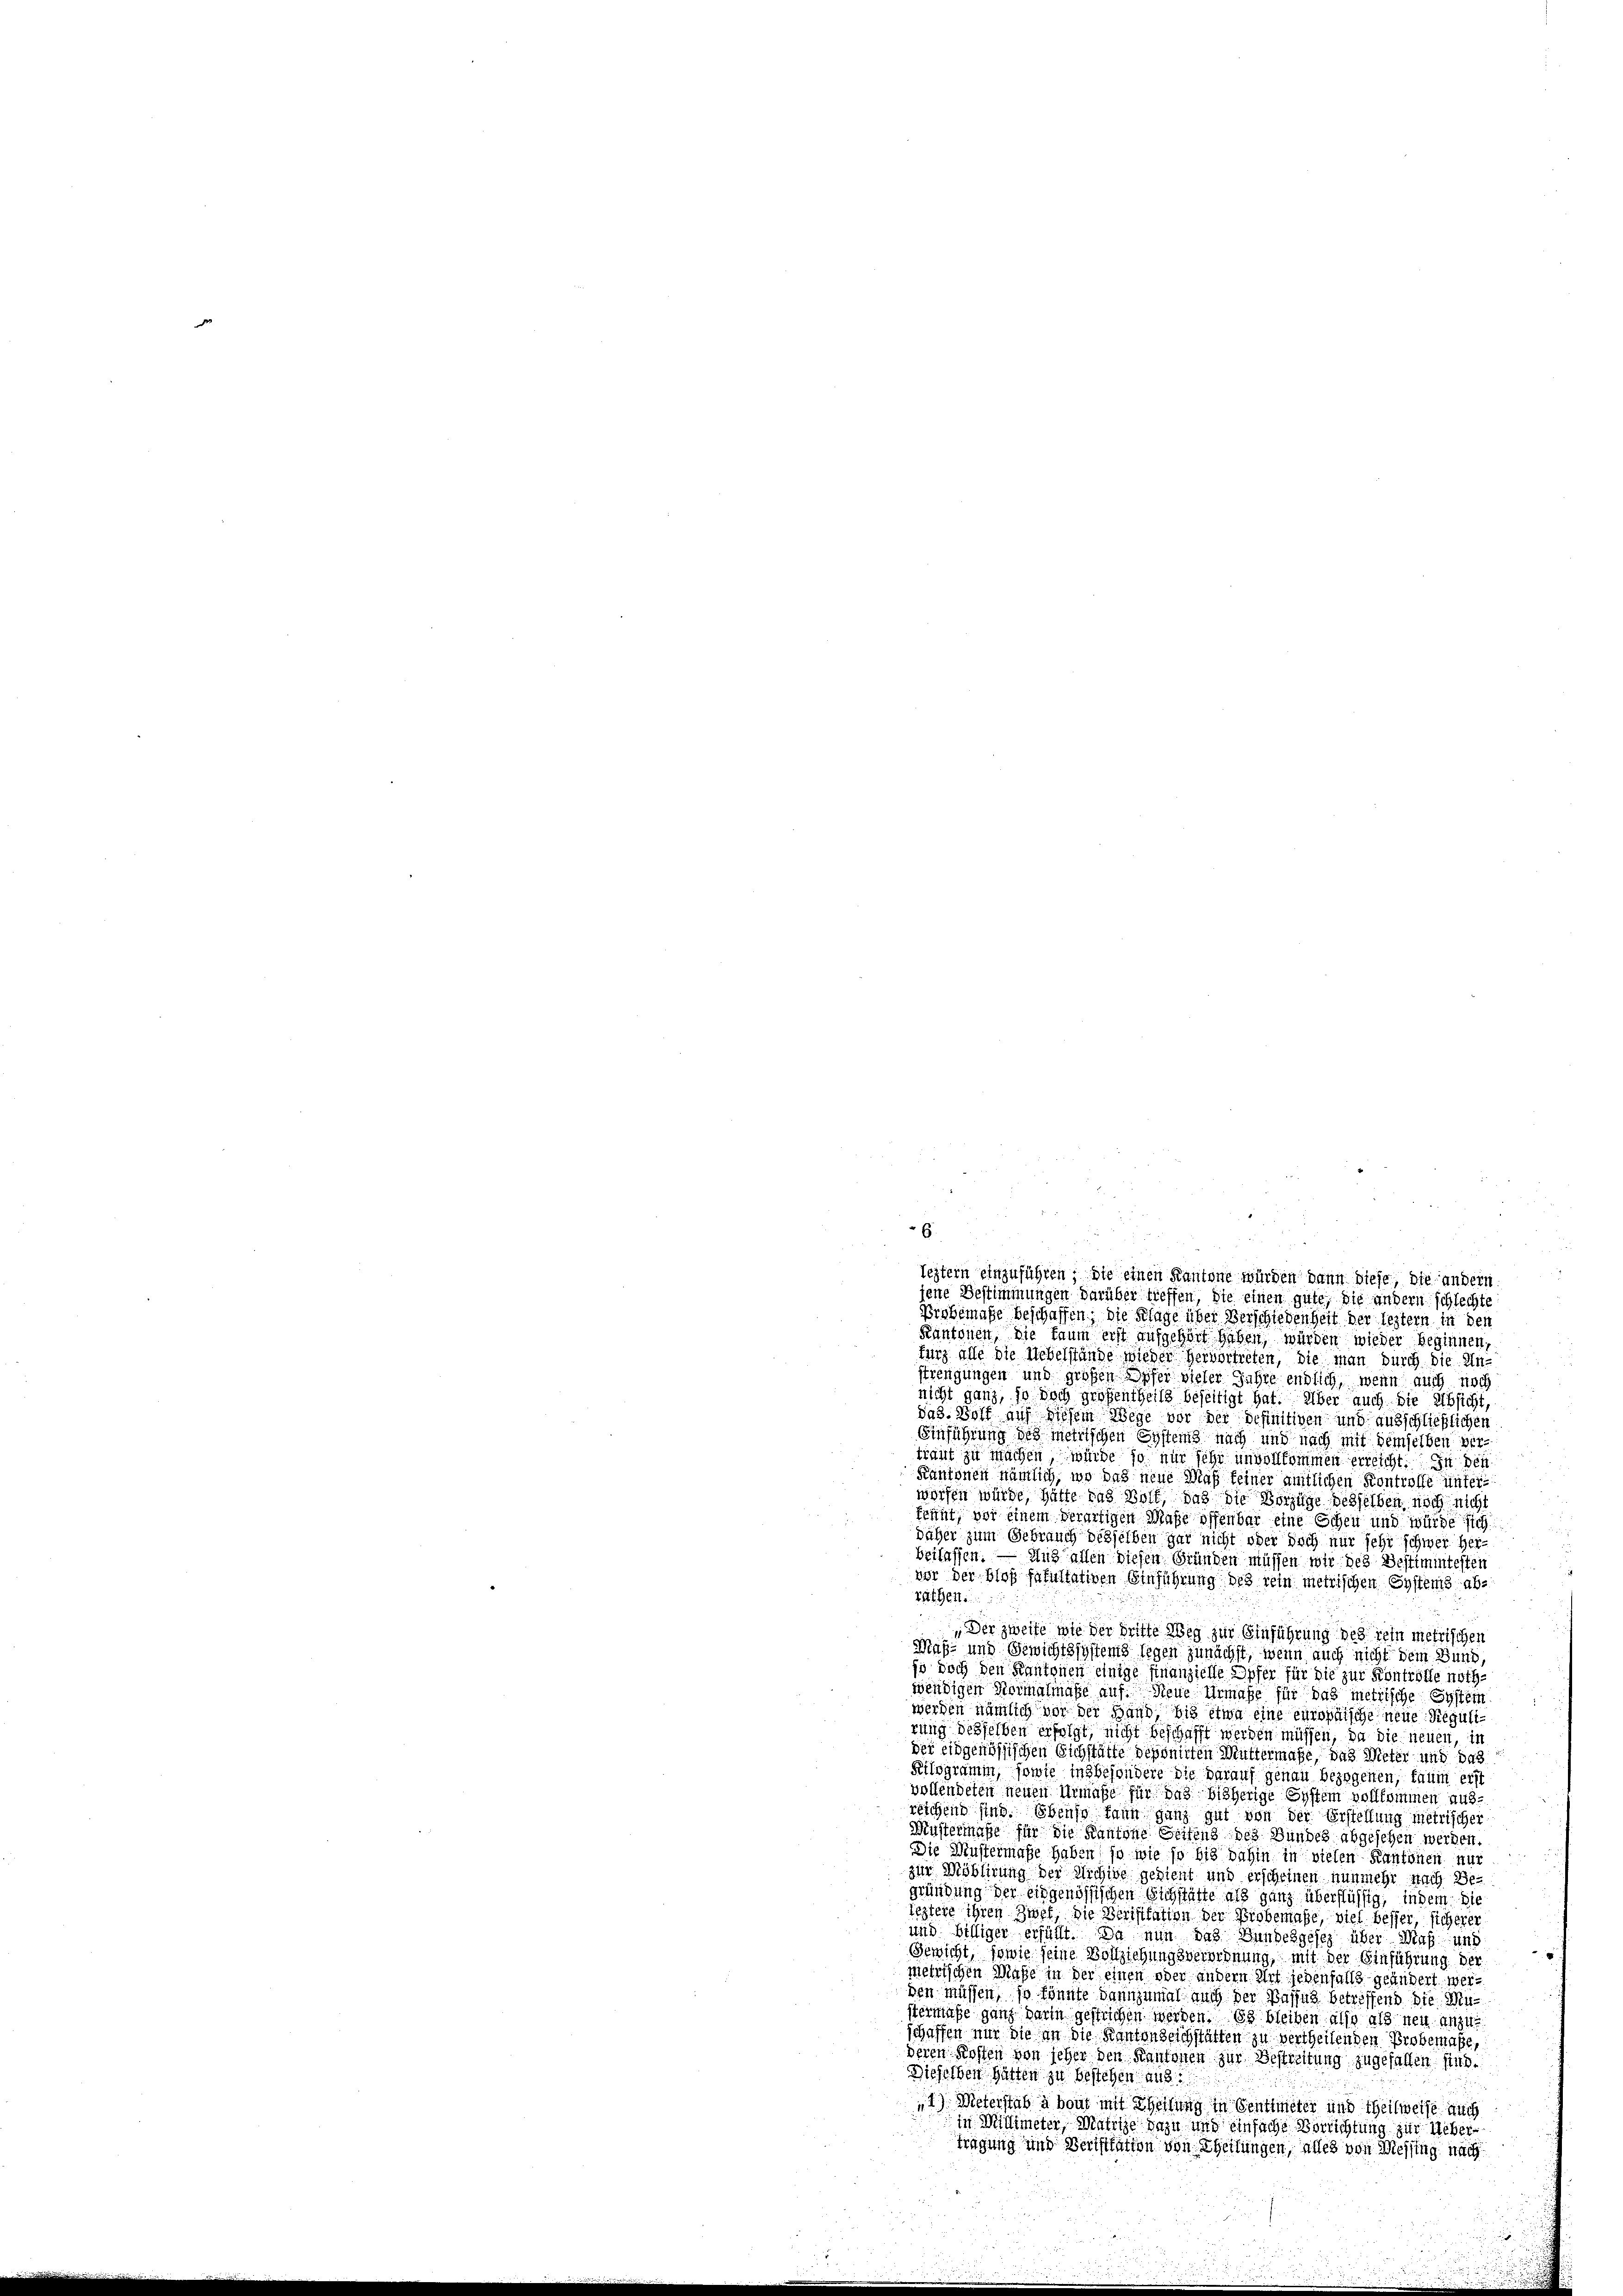
Probemase beschaffen; die Klage über Verschiedenheit der leztern in den
Kantonen, die kaum erst aufgehört haben, würden wieder beginnen,
turz alle die Uebelstände wieder hervortreten, die man durch die Unstrengungen und großen Opfer vieler Jahre endlich, wenn auch noch
nicht ganz, so doch großentheils beseitigt hat. Über auch die Absicht,
das. Wolf auf diesem Wege vor der definitiven und ausschließlichen
Einführung des metrischen Systems nach und nach mit demselben vertraut zu machen würde, so nur sehr unvollkommen erreicht. In des
Kantonen nämlich, wo das neue Maß keiner amtlichen Kontrolle unterworfen würde, hätte das Wolf, daß die Vorzüge desselben, noch nicht
Praut, vor einem verartigen Maße offenbar eine Scheu und würde sich
däher zum Gebrauch desselben gar nicht oder doch nur sehr schwer her-
beilassen. — Und allen diesen Gründen müssen wir, des Bestimmtesten
vor der blos fakultativen Einführung des rein metrischen Systems abräthen.
„Der zweife wie der dritte Weg zur Einführung des rein metrischen
Maß- und Gewichtssystems legen zunächst, wenn auch nicht dem Bund
so doch den Kantonen einige Finanzielle Opfer für die zur Kontrolle noth
wendigen Hermalinasse auf Neue Urmaße für das metrische System
werden nämlich vor der Hand, bis etwa eine europäische neue Regulirung desselben erfolgt, nicht beschafft werden müssen, da die neuen, in
der eidgenössischen Sichstätte deponirten Muttermasse, das Meter und das
Kilogramm, sowie insbesondere die darauf genau bezogenen, kaum erst
vollendeten neuen Urmaße für das bisherige System vollkommen aus-
reichend sind. Ebenso kann ganz gut von der Erstellung metrischer
Mustermaße für die Kantone Seitens des Bundes abgesehen werden.
Die Mustermaße haben, so wie so bis dahin in vielen Kantonen nur
zur Möblirung der Archive gedient und erscheinen nunmehr nach Be-
gründung der Eidgenössischen Sichstätte als ganz überflüssig, indem die
leztere ihren Zwet, die Beristration der Probemasse, viel besser, sicherer
und billiger erfüllt. Da nun das Gundesgesez über Maß und
Gewicht, sowie seine Vollziehungsverordnung, mit der Einführung der
metrischen Maße in der einen oder andern Art jedenfalls geändert werden müssen, so könnte dannzumal auch der Bastag betreffend die Mustermaße ganz darin gestrichen werden. Es bleiben also als neu anzuschaffen nur die an die Kanton zeichstätten zu vertheilenden Probemase,
deren Kosten von seher den Kantonen zur Bestreitung zugefallen sind.
Dieselben hätten zu bestehen aus
1) Meterstab à bout mit Theilung in Sentimeter und theilweise auch
in Willimeter, Matrie dazu und einfache Verrichtung zur Ueber¬
Tragung und Verisitation von Theilungen, alles von Messing nach

leitern einzuführen, die einen Kantone würden dann diese, die andern
jene Bestimmungen darüber treffen, die einen gute, die andern schlechte